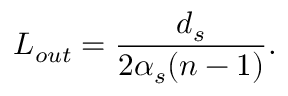
L _ { o u t } = \frac { d _ { s } } { 2 \alpha _ { s } ( n - 1 ) } .